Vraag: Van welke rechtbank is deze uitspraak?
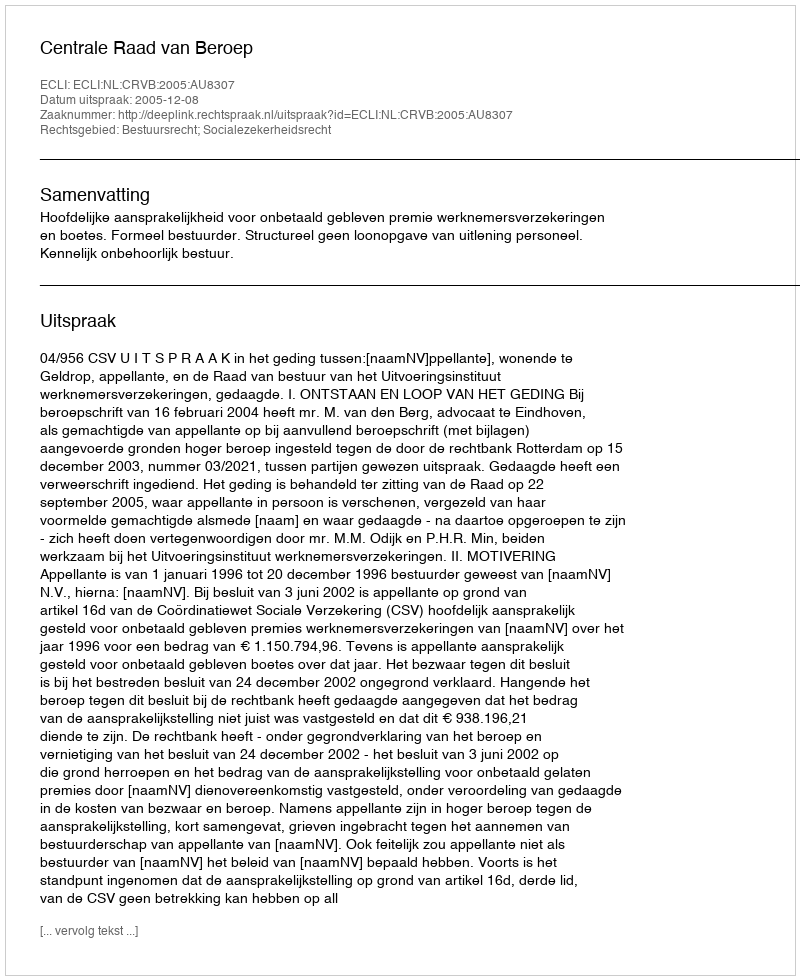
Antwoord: Centrale Raad van Beroep